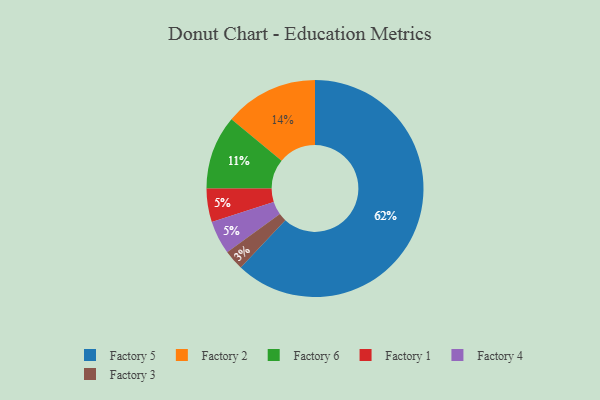
{"axis": {"x": "Category", "y": "Percentage"}, "legend": ["Factory 1", "Factory 2", "Factory 3", "Factory 4", "Factory 5", "Factory 6"], "data": [{"x": "Factory 5", "y": 62, "type": "Factory 5"}, {"x": "Factory 6", "y": 11, "type": "Factory 6"}, {"x": "Factory 2", "y": 14, "type": "Factory 2"}, {"x": "Factory 1", "y": 5, "type": "Factory 1"}, {"x": "Factory 4", "y": 5, "type": "Factory 4"}, {"x": "Factory 3", "y": 3, "type": "Factory 3"}]}